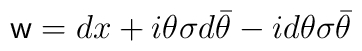
{\sf w}=dx+i\theta\sigma d\bar{\theta}-id\theta\sigma\bar{\theta}